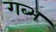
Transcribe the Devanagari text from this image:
गब्भ